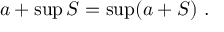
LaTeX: a + \operatorname* { s u p } S = \operatorname* { s u p } ( a + S ) \ .